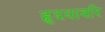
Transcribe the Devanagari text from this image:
हृदयावरि